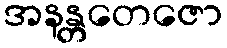
အနန္တတေဇော